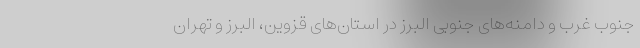
جنوب غرب و دامنه‌های جنوبی البرز در استان‌های قزوین، البرز و تهران